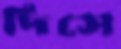
দিসে